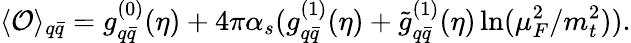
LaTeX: \langle{\cal O}\rangle_{q\bar{q}}=g_{q\bar{q}}^{(0)}(\eta)+4\pi\alpha_{s}(g_{q\bar{q}}^{(1)}(\eta)+{\tilde{g}}_{q\bar{q}}^{(1)}(\eta)\ln(\mu_{F}^{2}/m_{t}^{2})).